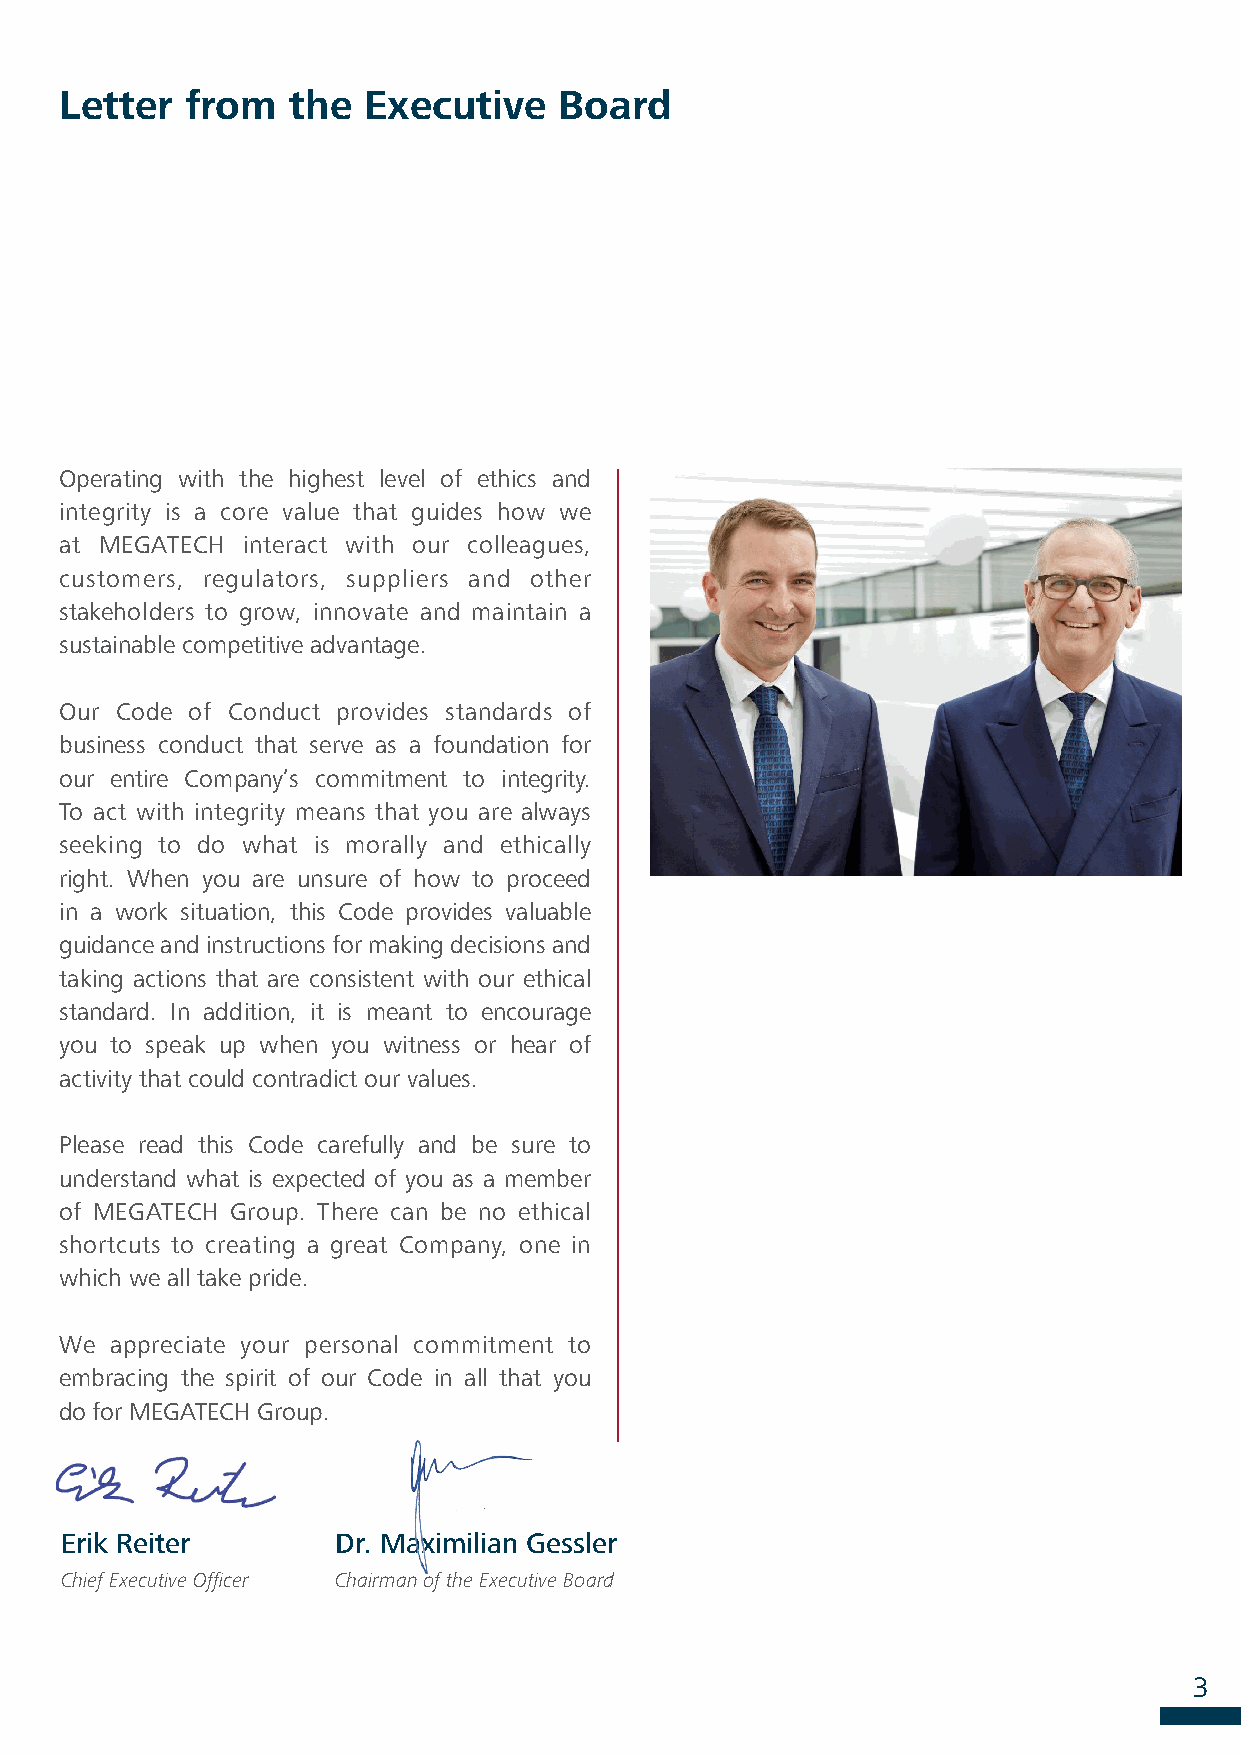
Letter  from   the  Executive    Board
 Operating with the highest level of ethics and
 integrity is a core value that guides how we
 at MEGATECH interact with our colleagues,
 customers, regulators, suppliers and other
 stakeholders to grow, innovate and maintain a
 sustainable competitive advantage.
 Our Code of Conduct provides standards of
 business conduct that serve as a foundation for
 our entire Company’s commitment to integrity.
 To act with integrity means that you are always
 seeking to do what is morally and ethically
 right. When you are unsure of how to proceed
 in a work situation, this Code provides valuable
 guidance and instructions for making decisions and
 taking actions that are consistent with our ethical
 standard. In addition, it is meant to encourage
 you to speak up when you witness or hear of
 activity that could contradict our values.
 Please read this Code carefully and be sure to
 understand what is expected of you as a member
 of MEGATECH Group. There can be no ethical
 shortcuts to creating a great Company, one in
 which we all take pride.
 We appreciate your personal commitment to
 embracing the spirit of our Code in all that you
 do for MEGATECH Group.
 Erik Reiter       Dr. Maximilian Gessler
 Chief Executive Officer Chairman of the Executive Board
 3